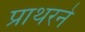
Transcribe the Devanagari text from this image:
प्राथरने